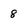
Character: 8